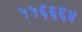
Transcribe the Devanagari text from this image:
५५६६६४